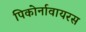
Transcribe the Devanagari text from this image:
पिकोर्नावायरस